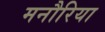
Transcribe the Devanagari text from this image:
मनौरिया